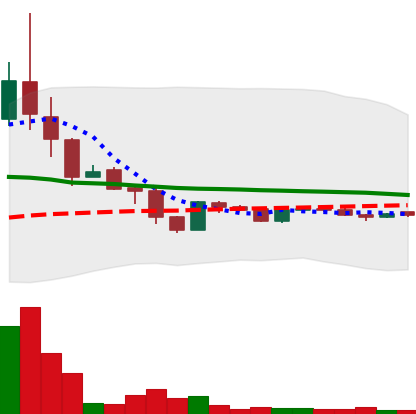
Ticker: LTC-USD
Chart end date: 2015-11-22
Forward return: 14.084%
Label: up_7plus